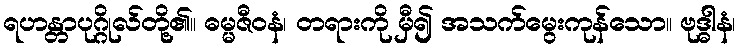
ရဟန္တာပုဂ္ဂိုလ်တို့၏။ ဓမ္မဇီဝနံ၊ တရားကို မှီ၍ အသက်မွေးကုန်သော။ ဗုဒ္ဓါနံ၊